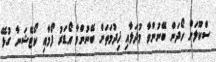
ސްކޫލަށް ހޯދަން ބޭނުންވާ މުދަލާއި ޚިދުމަތަށް ބޭނުންވާ އޯޑަރު ފޯމާއި ކޯޓޭޝަނާ ގުޅޭ